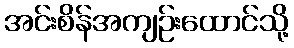
အင်းစိန်အကျဉ်းထောင်သို့